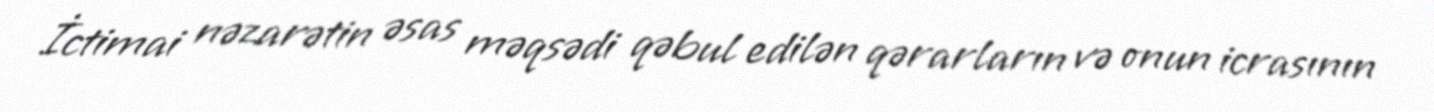
İctimai nəzarətin əsas məqsədi qəbul edilən qərarların və onun icrasının